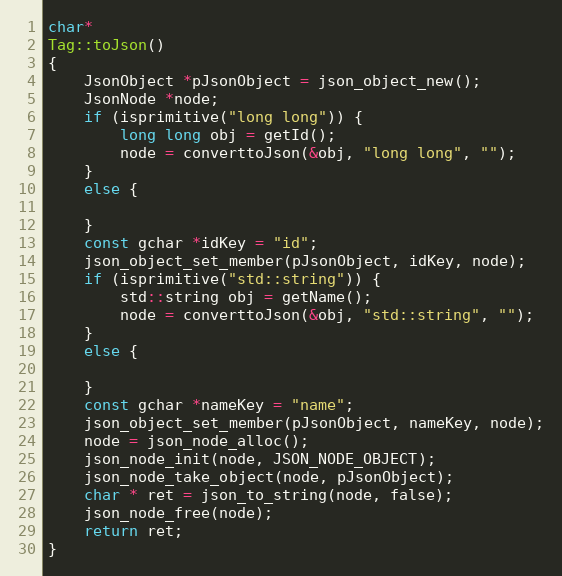
Language: C++
char*
Tag::toJson()
{
	JsonObject *pJsonObject = json_object_new();
	JsonNode *node;
	if (isprimitive("long long")) {
		long long obj = getId();
		node = converttoJson(&obj, "long long", "");
	}
	else {

	}
	const gchar *idKey = "id";
	json_object_set_member(pJsonObject, idKey, node);
	if (isprimitive("std::string")) {
		std::string obj = getName();
		node = converttoJson(&obj, "std::string", "");
	}
	else {

	}
	const gchar *nameKey = "name";
	json_object_set_member(pJsonObject, nameKey, node);
	node = json_node_alloc();
	json_node_init(node, JSON_NODE_OBJECT);
	json_node_take_object(node, pJsonObject);
	char * ret = json_to_string(node, false);
	json_node_free(node);
	return ret;
}